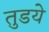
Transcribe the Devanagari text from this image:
तुडये